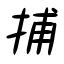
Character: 捕